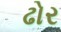
ઢોર